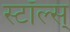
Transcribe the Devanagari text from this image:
स्टॉल्स्